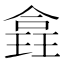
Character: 𪼉